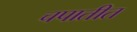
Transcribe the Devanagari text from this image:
चपातीत